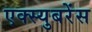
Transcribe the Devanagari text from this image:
एक्स्युबरेंस